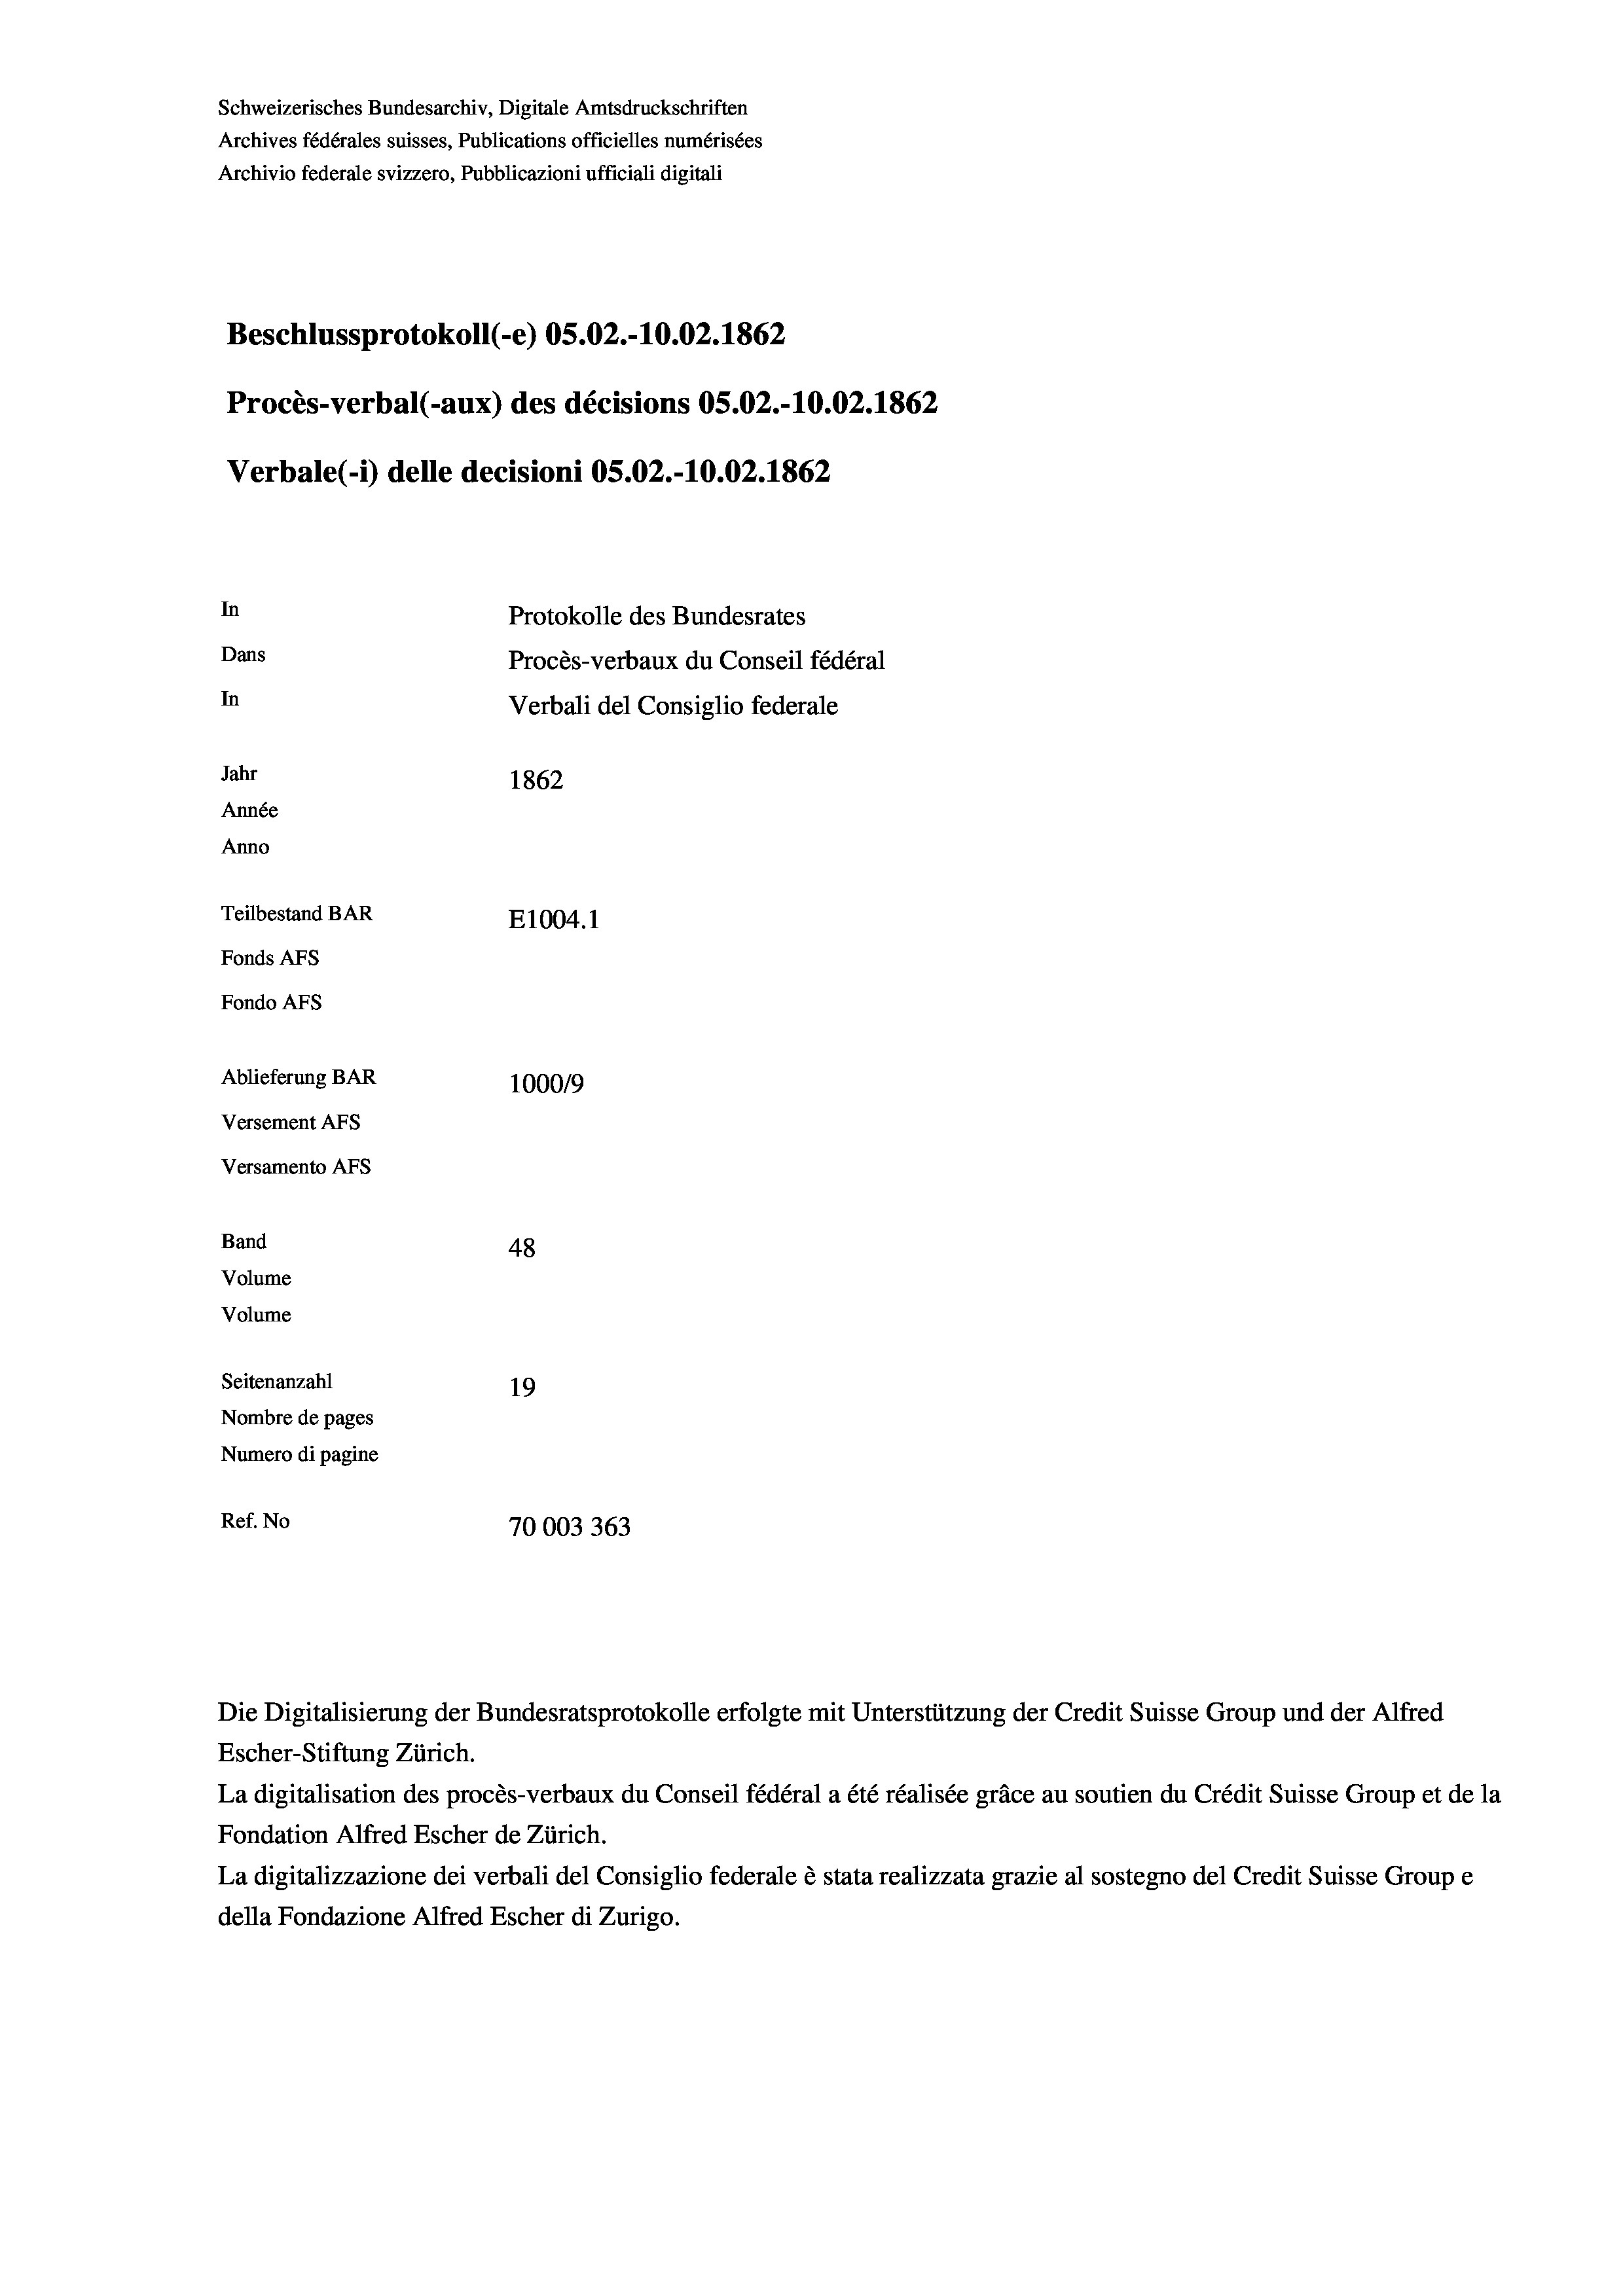
Schweizerisches Bundesarchiv, Digitale Amtsdruckschriften
Archives fédérales suisses, Publications officielles numérisées
Archivio federale svizzero, Pubblicazioni ufficiali digitali
Beschlussprotokoll (-e) OS.02.-10.02. 1862
Procès-verbal (-aux) des décisions OS.02.-10.02. 1862
Verbale(-*) delle decisioni OS.02.-10.02. 1862
In
Protokolle des Bundesrates
Dans
Procès-verbaux du Conseil fédéral
In
Verbali del Consiglio federale
Jahr
1862
Année
Anno
Teilbestand BAR
E1004. 1
Fonds AFs
Fondo AFS
Ablieferung BAR
1000/9
Versement AFs
Versamento AFs
Band
48
Volume
Volume

Escher-Stiftung Zürich.
La digitalisation des procès-verbaux du Conseil fédéral a été réalisée gräce au soutien du Crédit Suisse Group et de la
Fondation Alfred Escher de Zürich.
La digitalizzazione dei verbali del Consiglio federale è stata realizzata grazie al sostegno del Credit Suisse Groupe
della Fondazione Alfred Escher di Zurigo.

Seitenanzahl
19
Nombre de pages
Numero di pagine
Ref. No
70003 363

Die Digitalisierung der Bundesratsprotokolle erfolgte mit Unterstützung der Credit Suisse Group und der Alfred